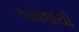
અધોજાયી